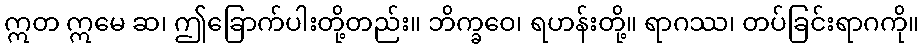
ဣတ ဣမေ ဆ၊ ဤခြောက်ပါးတို့တည်း။ ဘိက္ခဝေ၊ ရဟန်းတို့။ ရာဂဿ၊ တပ်ခြင်းရာဂကို။